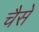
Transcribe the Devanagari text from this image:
चैसे